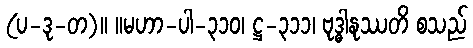
(ပ-ဒု-တ)။ ။မဟာ-ပါ-၃၁၀၊ ဋ္ဌ-၃၁၁၊ ဗုဒ္ဓါနုဿတိ စသည်